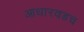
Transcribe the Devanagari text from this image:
आधारवडच